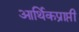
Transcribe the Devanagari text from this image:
आर्थिकप्राप्ती